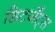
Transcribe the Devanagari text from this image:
डिटर्जेंट्स